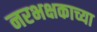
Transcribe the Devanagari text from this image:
नरभक्षकाच्या